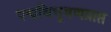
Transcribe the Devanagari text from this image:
पद्मविभूषणप्राप्त